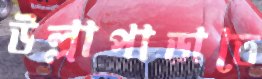
উল্লাপাড়াতে